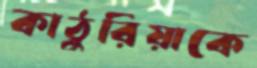
কাঠুরিয়াকে